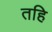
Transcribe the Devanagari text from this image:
तहि